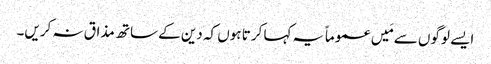
ایسے لوگوں سے مَیں عموماً یہ کہا کرتا ہوں کہ دین کے ساتھ مذاق نہ کریں۔